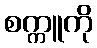
စက္ကူကို